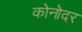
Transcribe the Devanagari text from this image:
कोनोदर